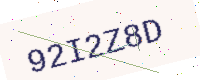
Text: 92I2Z8D